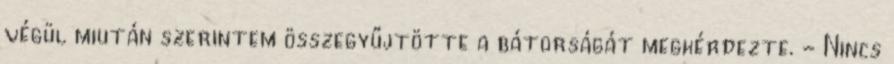
végül miután szerintem összegyűjtötte a bátorságát megkérdezte. - Nincs